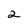
Character: 2